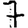
Digit: 7